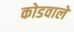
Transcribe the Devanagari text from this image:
कोडवाले